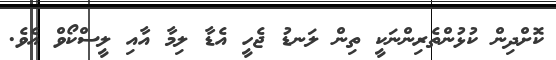
ކޮށްދިން ކުޅުންތެރިންނަކީ ތިން ލަނޑު ޖެހީ އެޑާ ލިމާ އާއި ލީސްކޯވް އެވެ.